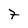
Character: 7